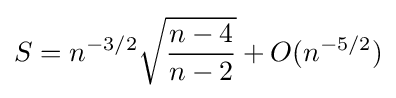
S=n^{-3/2}{\sqrt {\frac {n-4}{n-2}}}+O(n^{-5/2})